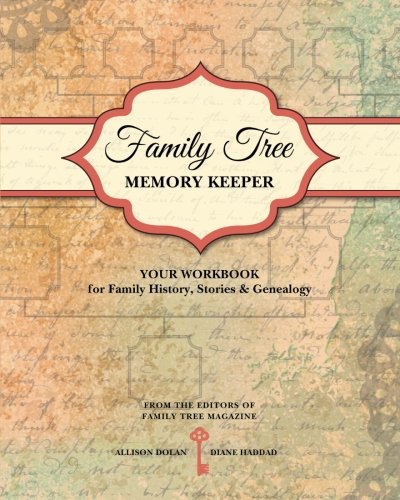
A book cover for Family Tree Memory Keeper: Your Workbook for Family History, Stories and Genealogy; Allison Dolan; Reference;